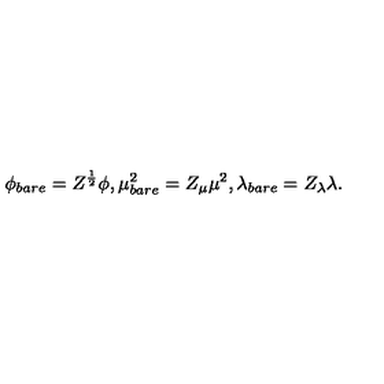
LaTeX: \phi _ { b a r e } = Z ^ { \frac { 1 } { 2 } } \phi , \mu _ { b a r e } ^ { 2 } = Z _ { \mu } \mu ^ { 2 } , \lambda _ { b a r e } = Z _ { \lambda } \lambda .